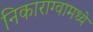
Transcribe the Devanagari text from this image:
निकाराग्वामध्ये